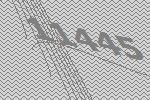
11445